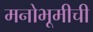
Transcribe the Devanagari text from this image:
मनोभूमीची